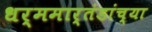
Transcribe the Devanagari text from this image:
धर्ममार्तंडांच्या